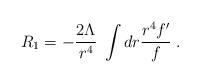
LaTeX: \begin{align*}R_1 = - \frac{2 \Lambda}{r^4} \; \int dr \frac{r^4 f'}{f} \; .\end{align*}